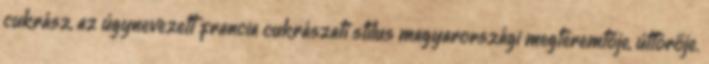
cukrász, az úgynevezett francia cukrászati stílus magyarországi megteremtője, úttörője.